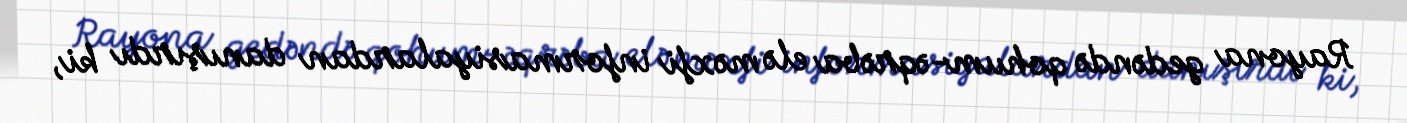
Rayona gedəndə qohum-əqrəba elə məxfi informasiyalardan danışırdı ki,